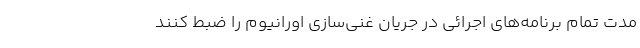
مدت تمام برنامه‌های اجرائی در جریان غنی‌سازی اورانیوم را ضبط کنند